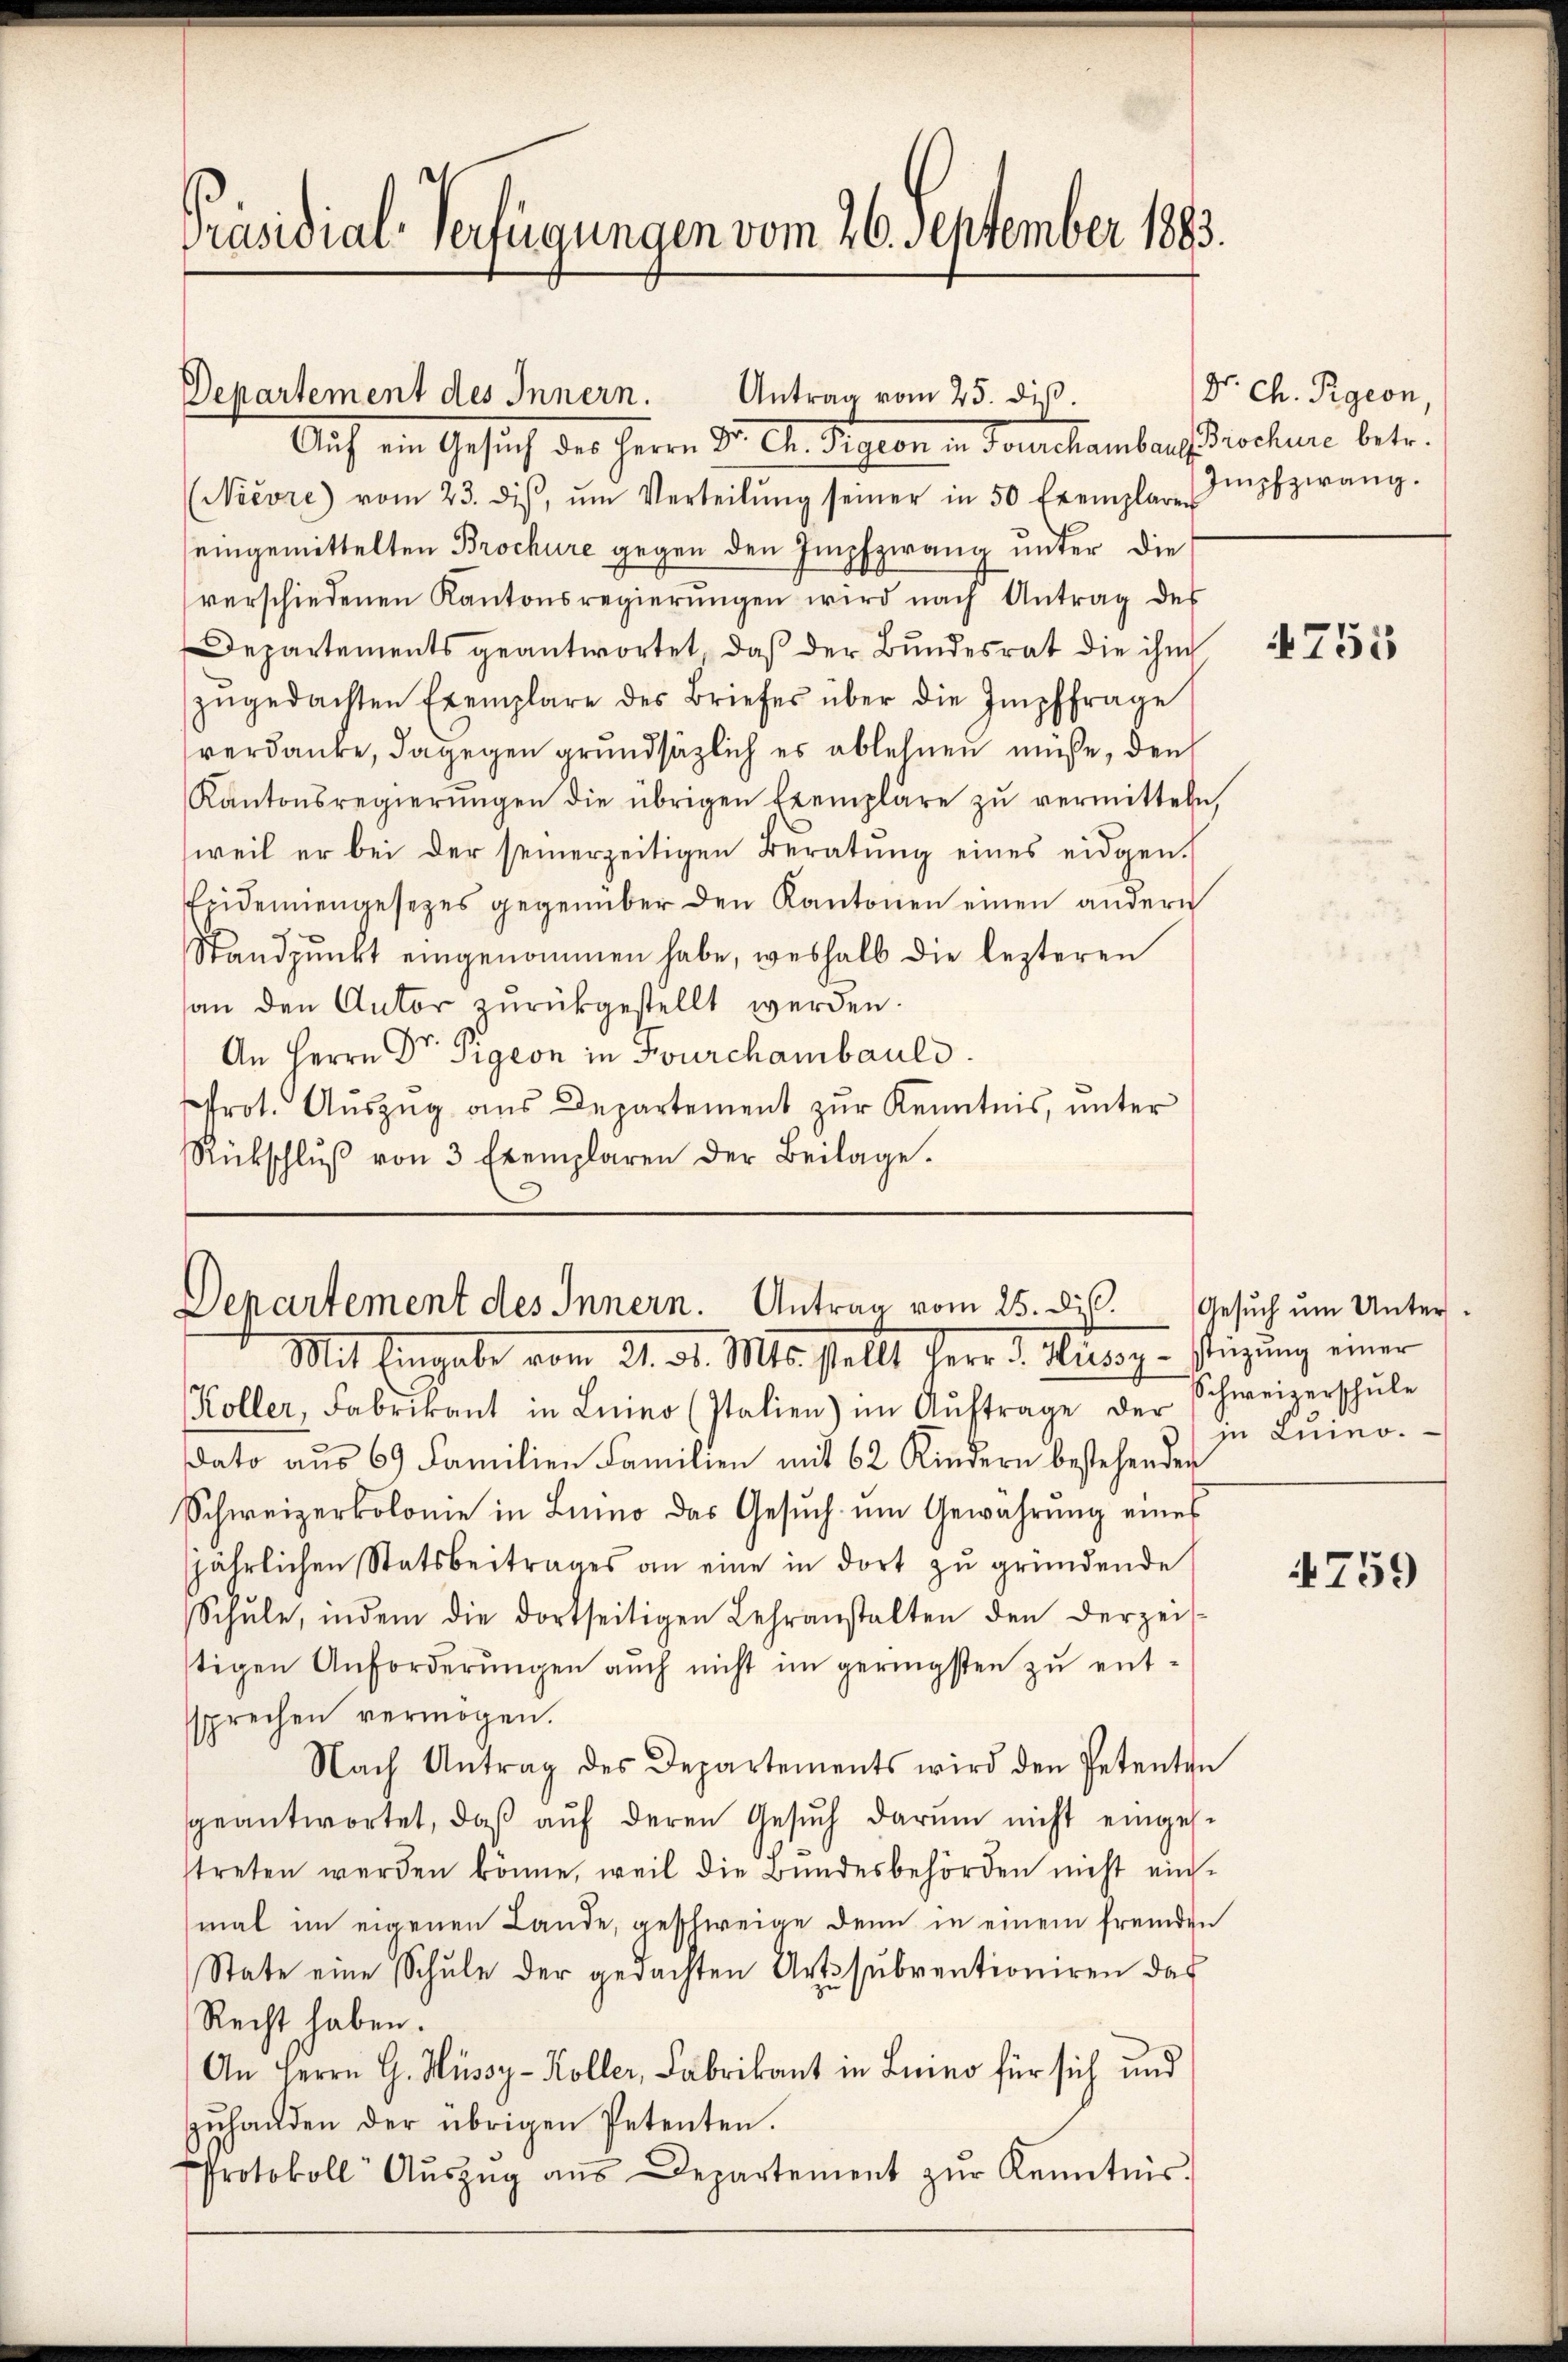
Präsidial-Verfügungen vom 26. September 1883.

Departement des Innern.
Antrag vom 25. dieß.
Auf ein Gesuch des Herrn Dr. Ch. Sigion in Jourchamberg, Brochüre betr.

(Nicore vom 23. diβ, ŭm Verteilŭng seiner in 50 Exemplar Impfzwang.
eingemittelten Brochüre gegen den Impfzwang unter die
verschiedenen Kantonsregierŭngen wird nach Antrag des
Departements geantwortet, daß der Bundesrat die ihm
zŭgedachten Exemplare des Briefes über die Impffrage
verdanke, dagegen grundsätzlich es ablehnen müße, den
Kantonsregierŭngen die übrigen Exemplare zŭ vermitteln,
weil er bei der seinerzeitigen Beratŭng eines eidgen.
Eeidemiengesezes gegenüber den Kantonen einen andern
Standpŭnkt eingenommen habe, weshalb die lezteren
an den Autor zurückgestellt werden.
An Herrn Dr. Sigion in Furchambauld.
frot. Aŭszŭg aŭs Departement zŭr Kenntnis, unter
Rückschlŭβ von 3 Exemplaren der Beilage.

Departement des Innern. Antrag vom 25. di

Mit Eingabe vom 21. d. Mts. stellt Herr v. Risey-stüzung einer
Koller, Fabrikant in Luino (Italien) im Aŭftrage der Schweizerschŭle
dato aus 69 Familien Familien mit 62 Kindern bestehender
Schweizerkolonie in Limo das Gesŭch ŭm Gewährung eines
jährlichen Statsbeitrages an eine in dort zu gründende
Schŭle, indem die dortseitigen Lehranstalten den derzeit-
stigen Anforderungen auch nicht im geringsten zu entssprechen vermögen.
Nach Antrag des Departements wird den Petenten
geantwortet, daβ aŭf deren Gesŭch darŭm nicht einges.
streten werden könne, weil die Bundesbehörden nicht einmal im eigenen Lande, geschweige denn in einem fremden
State eine Schule der gedachten Artssubventioniren das
Recht haben.
An Herrn G. Müssy-Koller, Fabrikant in Luino für sich und
zŭhanden der übrigen Petenten.
Protokoll Aŭszŭg aŭs Departement zŭr Kenntnis.

Dr. Ch. Prgeon,

4755

Gesuch um Unter
ju Luino.

4759